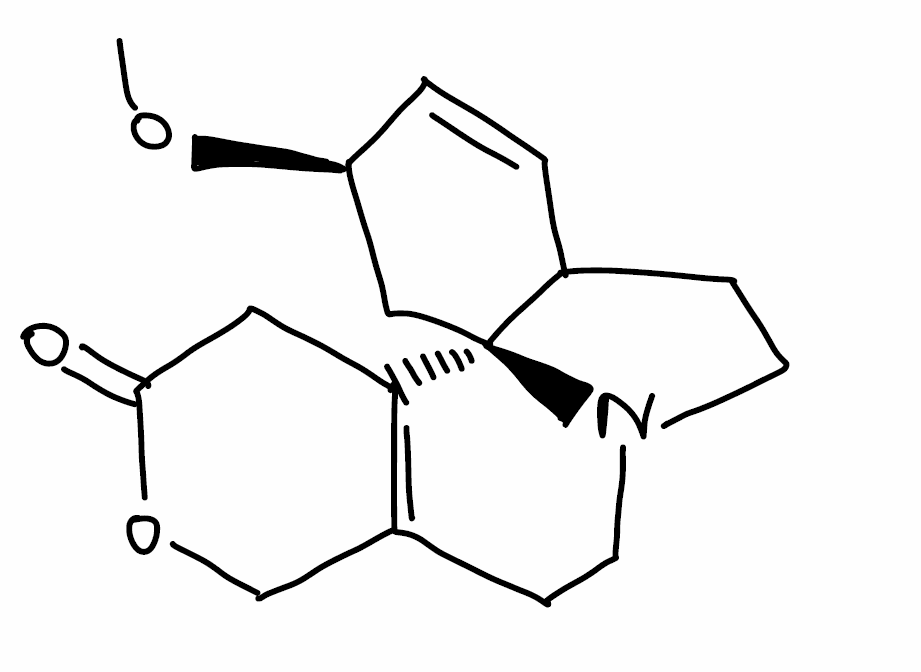
Simplified molecular-input line-entry system (SMILES) notation of the given molecule:
CO[C@@H]1C[C@@]23C(CCN2CCC4=C3CC(=O)OC4)C=C1